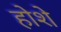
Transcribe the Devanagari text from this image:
होशे